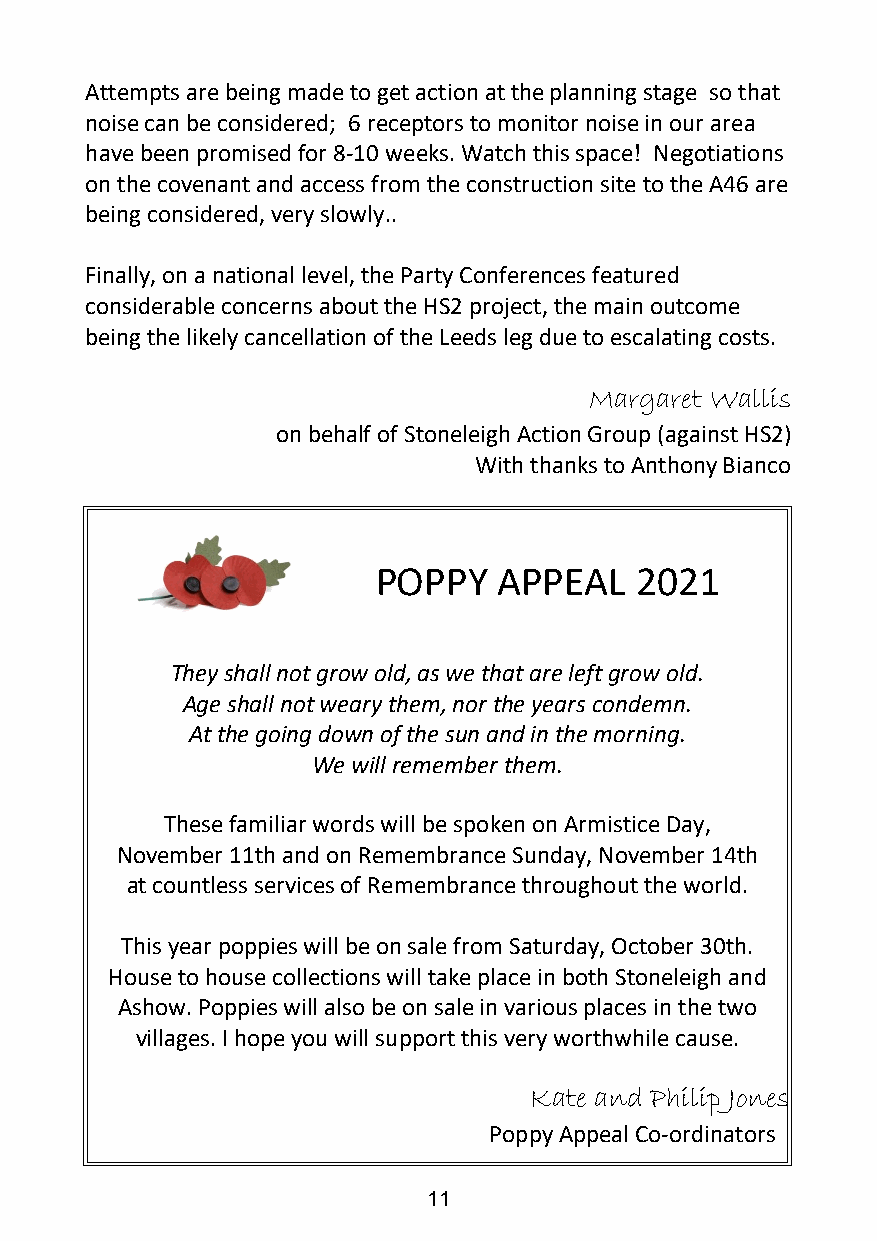
Attempts are being made to get action at the planning stage so that
 noise can be considered; 6 receptors to monitor noise in our area
 have been promised for 8-10 weeks. Watch this space! Negotiations
 on the covenant and access from the construction site to the A46 are
 being considered, very slowly..
 Finally, on a national level, the Party Conferences featured
 considerable concerns about the HS2 project, the main outcome
 being the likely cancellation of the Leeds leg due to escalating costs.
 Margaret Wallis
 on behalf of Stoneleigh Action Group (against HS2)
 With thanks to Anthony Bianco
 POPPY   APPEAL   2021
 They shall not grow old, as we that are left grow old.
 Age shall not weary them, nor the years condemn.
 At the going down of the sun and in the morning.
 We will remember them.
 These familiar words will be spoken on Armistice Day,
 November 11th and on Remembrance Sunday, November 14th
 at countless services of Remembrance throughout the world.
 This year poppies will be on sale from Saturday, October 30th.
 House to house collections will take place in both Stoneleigh and
 Ashow. Poppies will also be on sale in various places in the two
 villages. I hope you will support this very worthwhile cause.
 Kate and Philip Jones
 Poppy Appeal Co-ordinators
 11